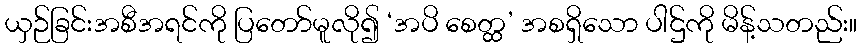
ယှဉ်ခြင်းအစီအရင်ကို ပြတော်မူလို၍ ‘အပိ စေတ္ထ’ အစရှိသော ပါဌ်ကို မိန့်သတည်း။